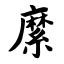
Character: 縻